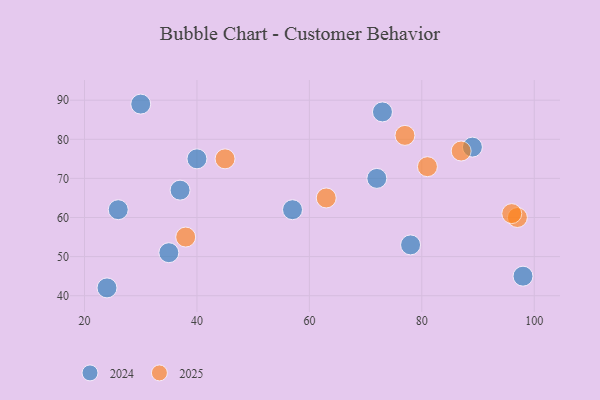
{"axis": {"x": "GDP", "y": "Life Expectancy"}, "legend": ["2024", "2025"], "data": [{"x": "98", "y": 45, "type": "2024"}, {"x": "24", "y": 42, "type": "2024"}, {"x": "73", "y": 87, "type": "2024"}, {"x": "40", "y": 75, "type": "2024"}, {"x": "78", "y": 53, "type": "2024"}, {"x": "57", "y": 62, "type": "2024"}, {"x": "35", "y": 51, "type": "2024"}, {"x": "72", "y": 70, "type": "2024"}, {"x": "89", "y": 78, "type": "2024"}, {"x": "30", "y": 89, "type": "2024"}, {"x": "26", "y": 62, "type": "2024"}, {"x": "37", "y": 67, "type": "2024"}, {"x": "81", "y": 73, "type": "2025"}, {"x": "38", "y": 55, "type": "2025"}, {"x": "97", "y": 60, "type": "2025"}, {"x": "96", "y": 61, "type": "2025"}, {"x": "77", "y": 81, "type": "2025"}, {"x": "63", "y": 65, "type": "2025"}, {"x": "45", "y": 75, "type": "2025"}, {"x": "87", "y": 77, "type": "2025"}]}